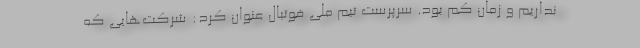
نداریم و زمان کم بود. سرپرست تیم ملی فوتبال عنوان کرد: شرکت‌هایی که